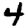
Digit: 4